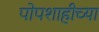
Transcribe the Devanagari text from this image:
पोपशाहीच्या